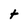
Character: t